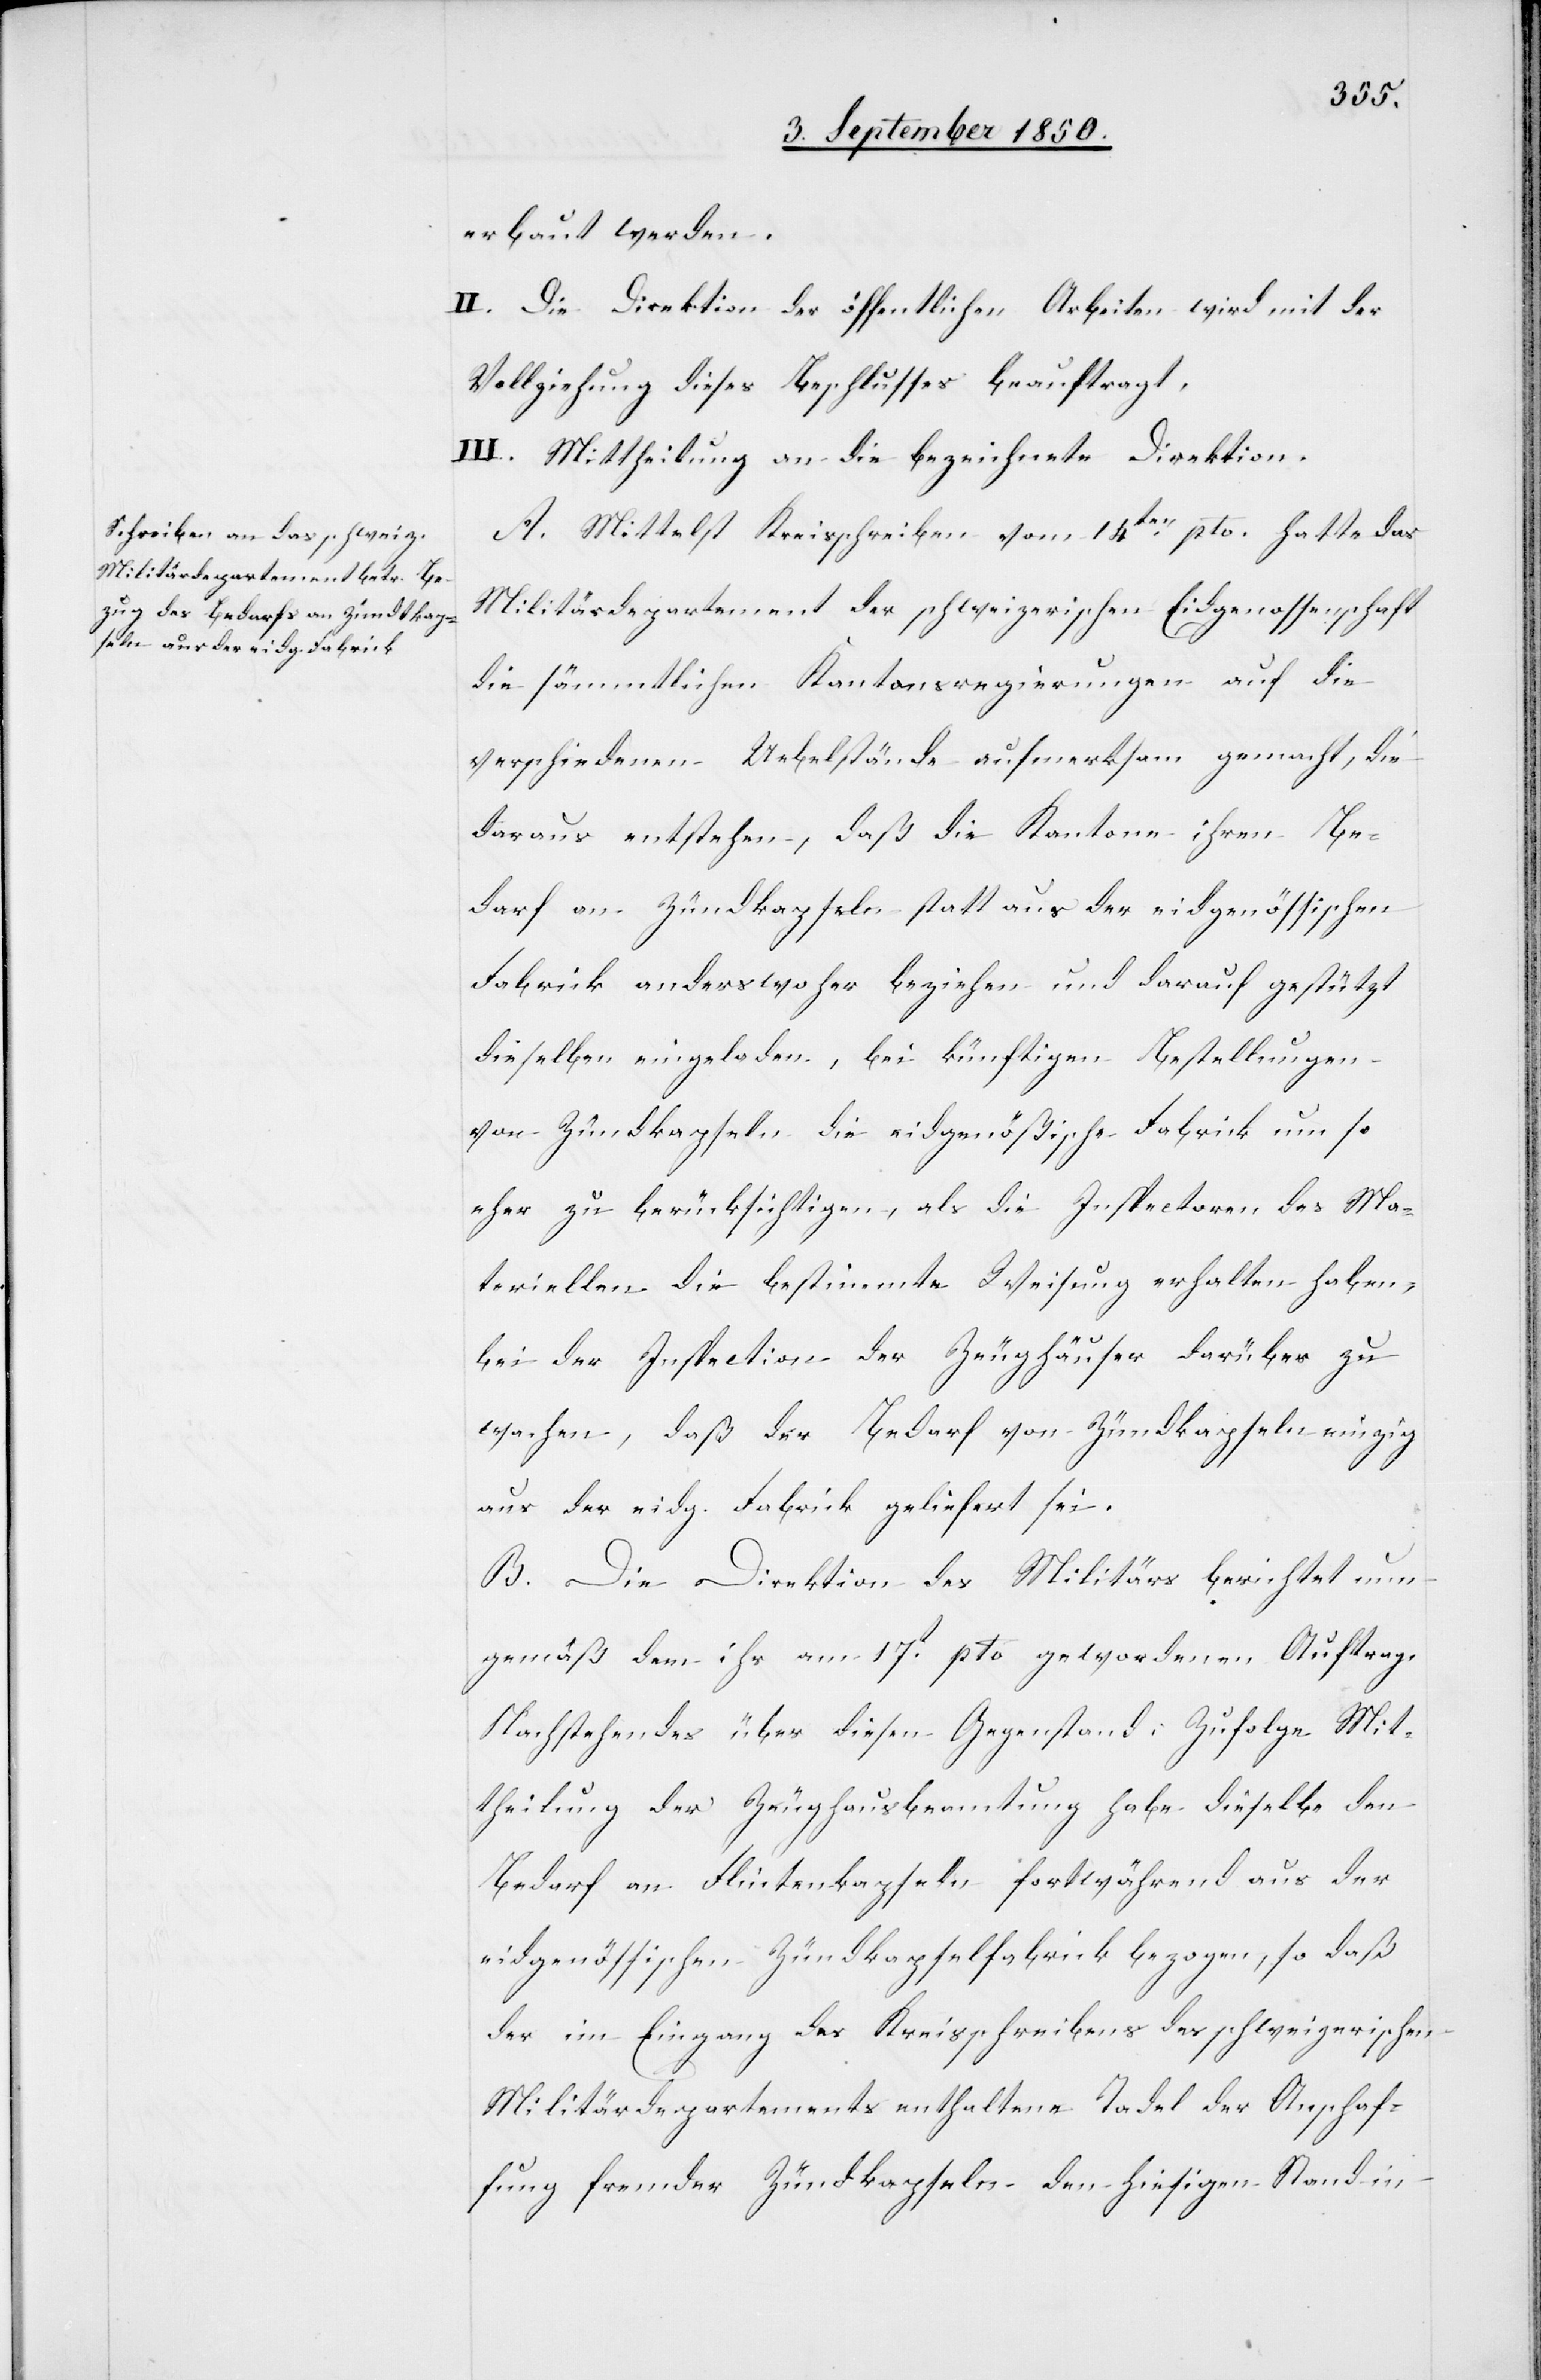
erbaut werden.
II. Die Direktion der öffentlichen Arbeiten wird mit der
Vollziehung dieses Beschlusses beauftragt.
III. Mittheilung an die bezeichnete Direktion.
A. Mittelst Kreisschreiben vom 14ten pto. hatte das
Militärdepartement der schweizerischen Eidgenossenschaft
die sämmtlichen Kantonsregierungen auf die
verschiedenen Uebelstände aufmerksam gemacht, die
daraus entstehen, daß die Kantone ihren Be¬
darf an Zündkapseln statt aus der eidgenössischen
Fabrick anderswoher beziehen und darauf gestützt
dieselben eingeladen, bei künftigen Bestellungen
von Zündkapseln die eidgenößische Fabrick um so
eher zu berücksichtigen, als die Inspectoren des Ma¬
teriellen die bestimmte Weisung erhalten haben,
bei der Inspection der Zeughäuser darüber zu
wachen, daß der Bedarf von Zündkapseln einzig
aus der eidg. Fabrick geliefert sei.
B. Die Direktion des Militärs berichtet nun
gemäß dem ihr am 17t pto gewordenen Auftrag
Nachstehendes über diesen Gegenstand: Zufolge Mit¬
theilung der Zeughausbeamtung habe dieselbe den
Bedarf an Flintenkapseln fortwährend aus der
eidgenössischen Zündkapselfabrick bezogen, so daß
der im Eingang des Kreisschreibens des schweizerischen
Militärdepartements enthaltene Tadel der Anschaf¬
fung fremder Zündkapseln den hiesigen Stand in